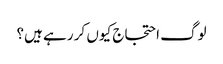
لوگ احتجاج کیوں کر رہے ہیں؟